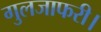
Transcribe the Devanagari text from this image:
गुलजाफरी।